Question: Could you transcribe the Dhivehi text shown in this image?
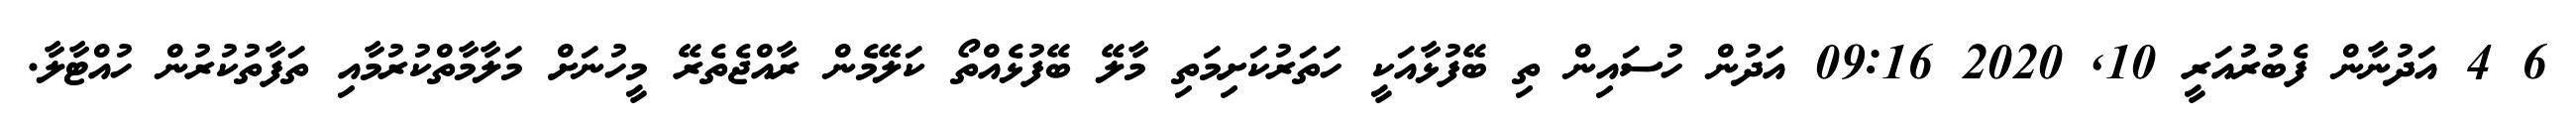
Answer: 6 4 އަދުނާން ފެބުރުއަރީ 10, 2020 09:16 އަދުން ހުސައިން ތި ބޭފުޅާއަކީ ހަތަރުކަށިމަތި މާލޭ ބޭފުޅެއްތޯ ކަލޭމެން ރާއްޖެތެރޭ މީހުނަށް މަލާމާތްކުރުމާއި ތަފާތުކުރުން ހުއްޓާލާ.